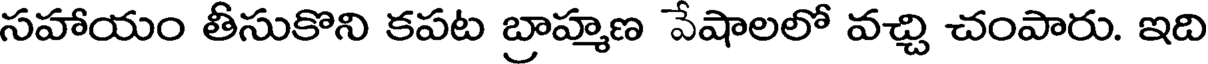
సహాయం తీసుకొని కపట బ్రాహ్మణ వేషాలలో వచ్చి చంపారు. ఇది